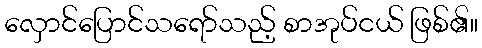
လှောင်ပြောင်သရော်သည့် စာအုပ်ငယ် ဖြစ်၏။